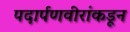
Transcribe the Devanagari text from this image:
पदार्पणवीरांकडून